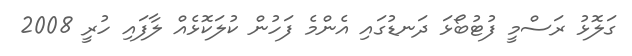
ގަލޮޅު ރަސްމީ ފުޓުބޯޅަ ދަނޑުގައި އެންމެ ފަހުން ކުލަކޮޅެއް ލާފައި ހުރީ 2008